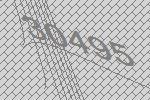
30495